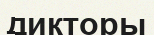
дикторы